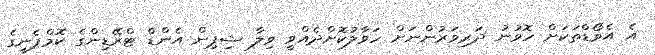
އެ އެވޯޑްތަކަށް ހޮވުނު ދަރިވަރުންނަށް ހަވާލުކޮށްދެއްވީ ވިލާ ޝިޕިން އެންޑް ޓްރޭޑިންގެ ކޮމްޕެނީގެ